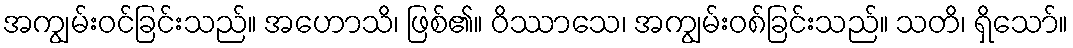
အကျွမ်းဝင်ခြင်းသည်။ အဟောသိ၊ ဖြစ်၏။ ဝိဿာသေ၊ အကျွမ်းဝ၈်ခြင်းသည်။ သတိ၊ ရှိသော်။